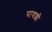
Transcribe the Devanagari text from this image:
पावशी